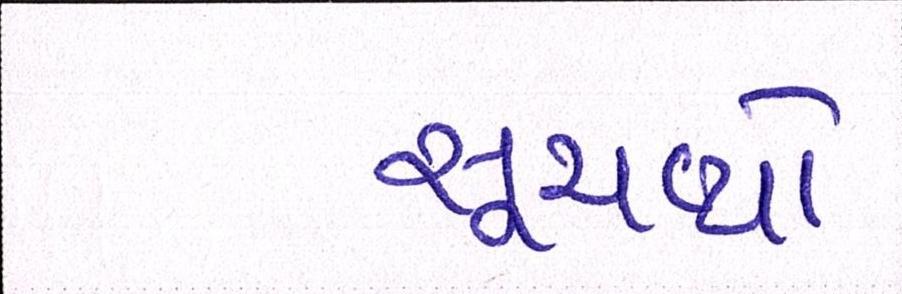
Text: સૂચવ્યો